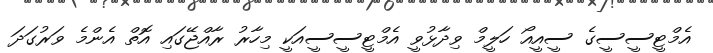
އެމްޓީސީސީގެ ސީއީއޯ ހަލީމް ވިދާޅުވީ އެމްޓީސީސީއަކީ މިހާރު ރާއްޖޭގައި އޮތް އެންމެ ވަރުގަދަ